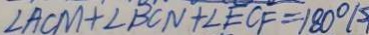
\angle A C M + \angle B C N + \angle E C F = 1 8 0 ^ { \circ } 1 s